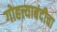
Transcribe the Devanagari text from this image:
गोहत्त्याबंदीचा